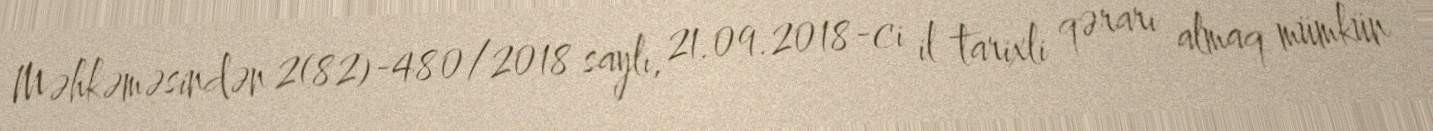
Məhkəməsindən 2(82)-480/2018 saylı, 21.09.2018-ci il tarixli qərarı almaq mümkün